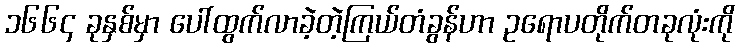
၁၆၆၄ ခုနှစ်မှာ ပေါ်ထွက်လာခဲ့တဲ့ကြယ်တံခွန်ဟာ ဥရောပတိုက်တခုလုံးကို